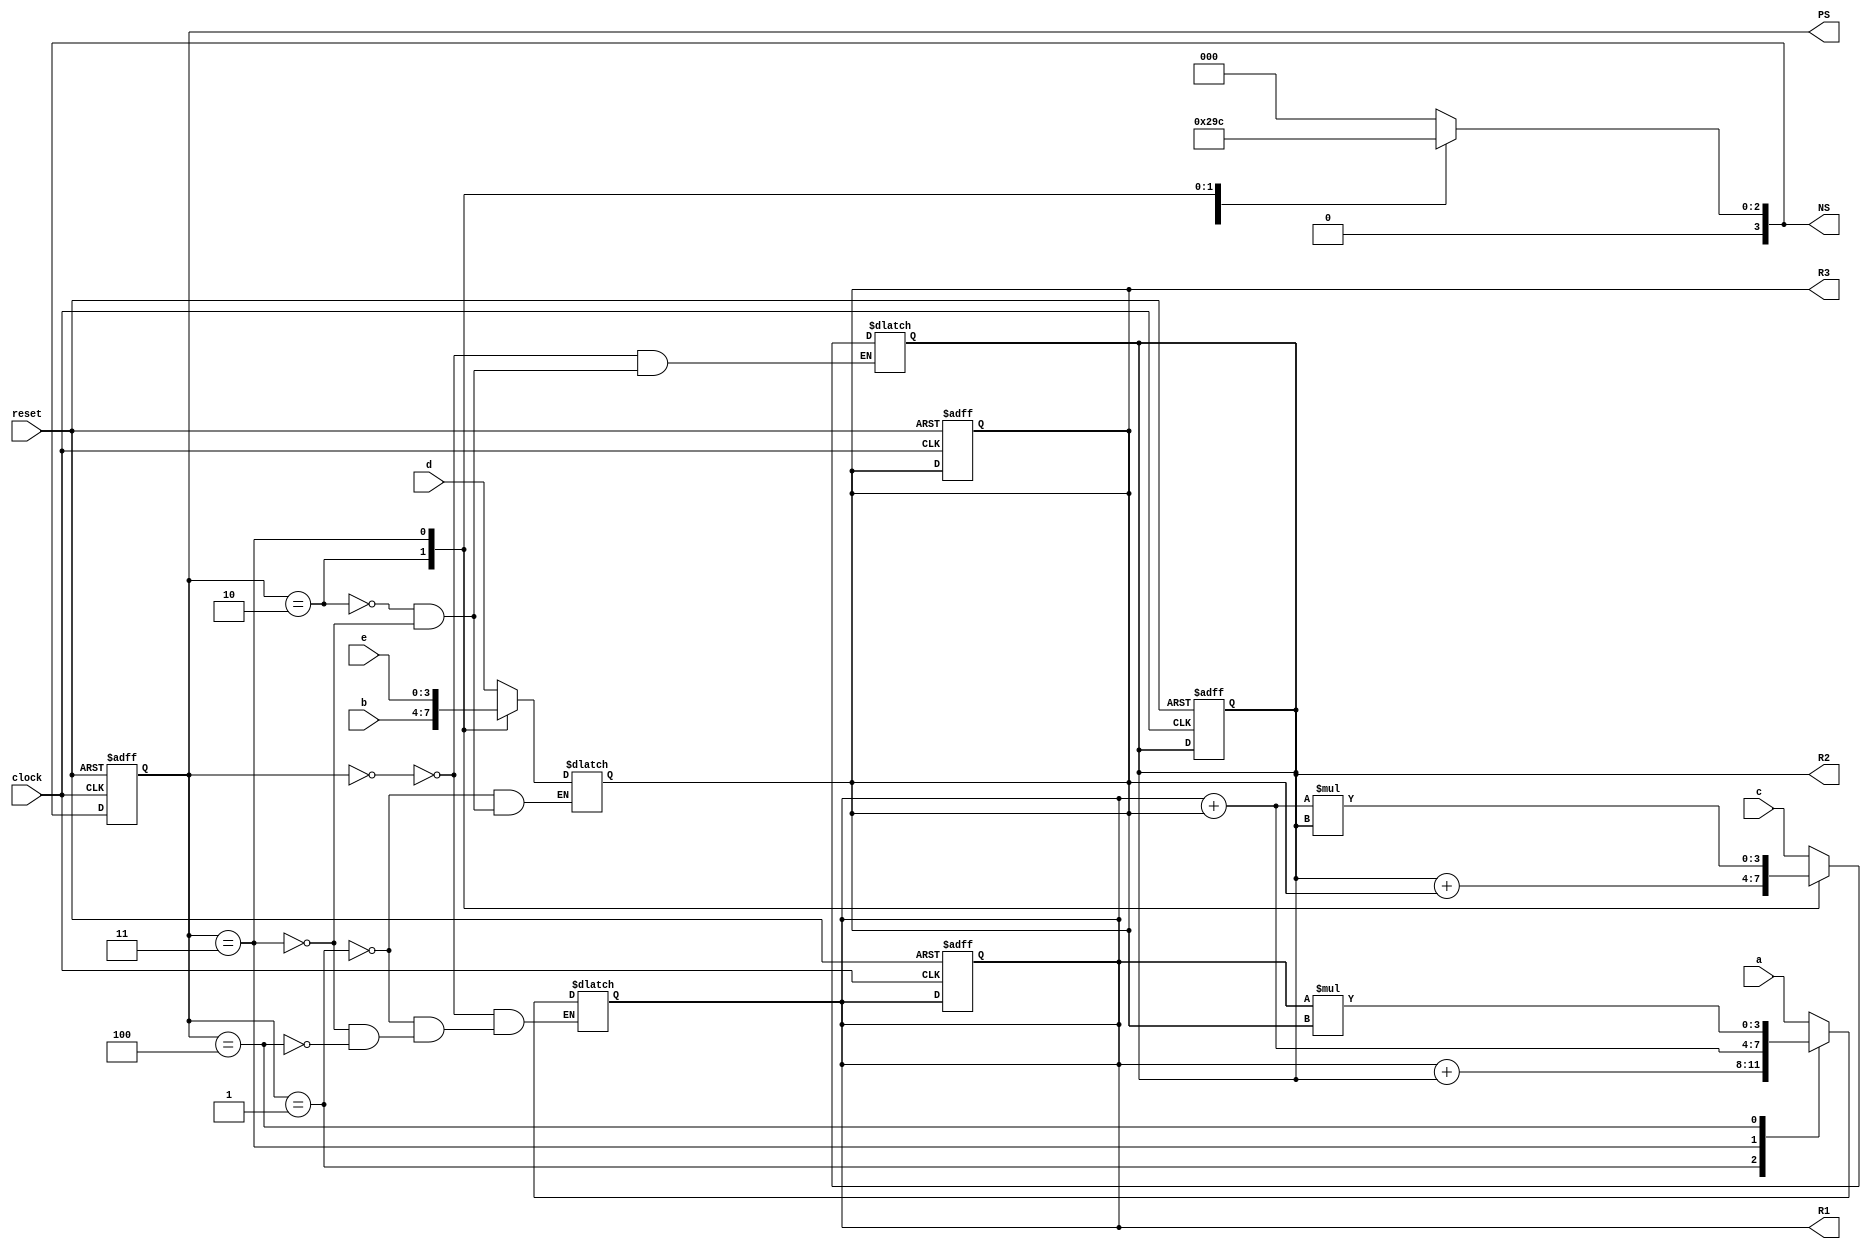
// Written on: 26 June 2022 (Saturday)
// Title: FSMD (Book 1 pg. 216)

module FSMD (
	input clock, reset,
	input [3:0] a, b, c, d, e,
	output reg [3:0] R1, R2, R3, PS, NS
);

	localparam	S0 = 3'b000,
					S1 = 3'b001,
					S2 = 3'b010,
					S3 = 3'b011,
					S4 = 3'b100;

	always @ (posedge clock, posedge reset)
	begin
		if (reset == 1'b1) begin
			R1 <= 0;
			R2 <= 0;
			R3 <= 0;
			PS <= S0;
		end
		else begin
			PS <= NS;
		end
	end
	
	always @ (*)
	begin
		NS = PS;
		
		case(PS)
		
			S0: begin
				R1 = a;
				R2 = c;
				NS = S1;
			end
			
			S1: begin
				R1 = R1 + R2;
				R3 = d;
				NS = S2;
			end
			
			S2: begin
				R2 = R2 + R3;
				R3 = b;
				NS = S3;
			end
			
			S3: begin
				R1 = R1 + R3;
				R2 = R1 * R2;
				R3 = e;
				NS = S4;
			end
			
			S4: begin
				R1 = R1 * R3;
				NS = S0;
			end
			
			default: NS = S0;
		endcase
	end

endmodule